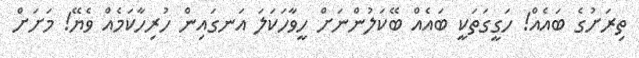
ތިރަށުގެ ބައެއް! ހަގީގަތަކީ ބައެއް ބޭކަލުންނަށް ހީވާހަކަލަ އަނގައިން ހުރިހާކަމެއް ވެޔޭ! މަށަށް